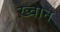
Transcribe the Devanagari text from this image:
ख़्वान